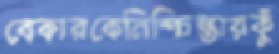
বেকারকেনিশ্চিন্তায়কুঁ